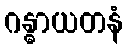
ဂန္ဓာယတနံ